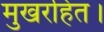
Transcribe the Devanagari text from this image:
मुखरहित।